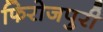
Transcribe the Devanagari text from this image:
फिरोजपुरी